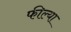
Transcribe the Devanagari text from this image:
फील्या